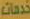
خدمات